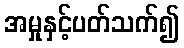
အမှုနှင့်ပတ်သက်၍